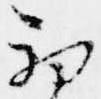
初